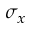
\sigma _ { x }